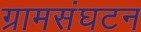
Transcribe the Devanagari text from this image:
ग्रामसंघटन